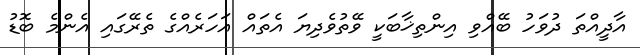
އާދީއްތަ ދުވަހު ބޭއްވި އިންތިޚާބަކީ ވޭތުވެދިޔަ އެތައް އަހަރެއްގެ ތެރޭގައި އެންމެ ބޮޑު